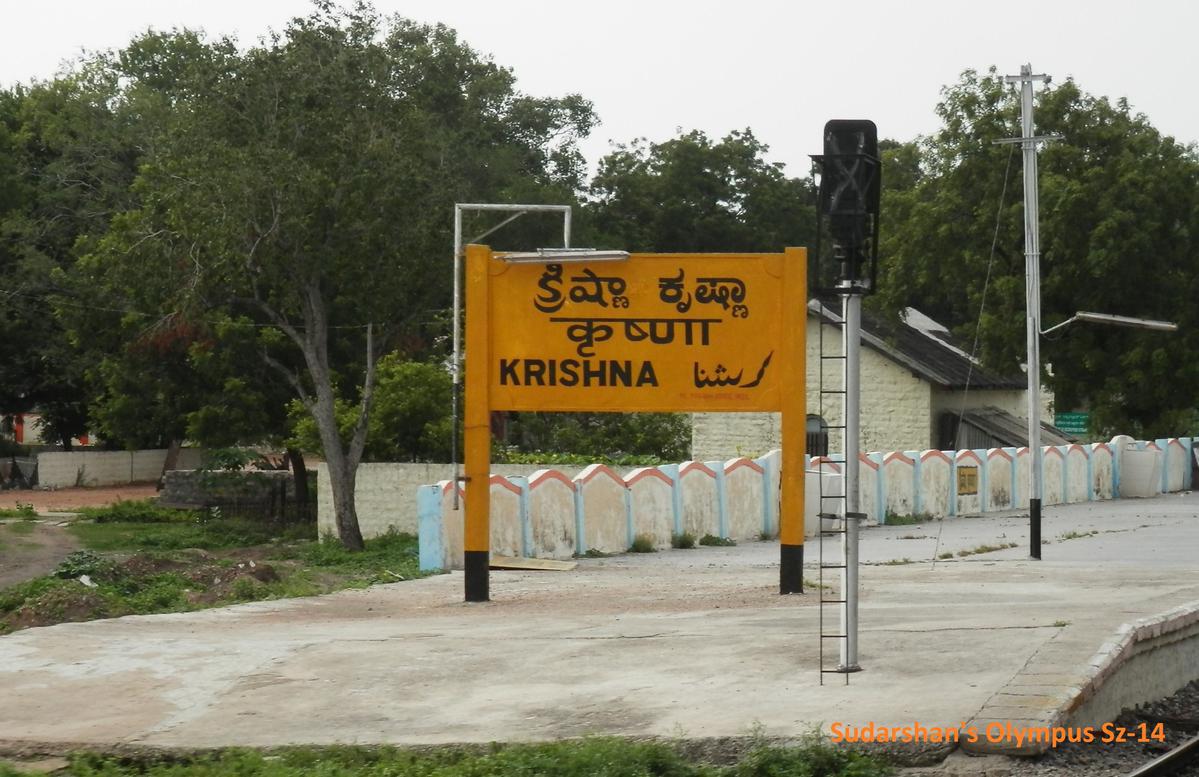
Language: kannada
Transcription: ಕೃಷ್ಣಾ